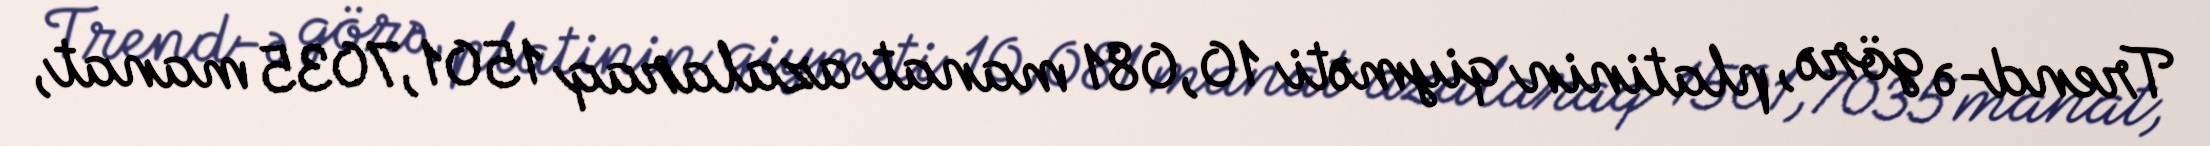
Trend-ə görə, platinin qiyməti 10,081 manat azalaraq 1501,7035 manat,